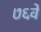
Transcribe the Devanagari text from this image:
७६वे